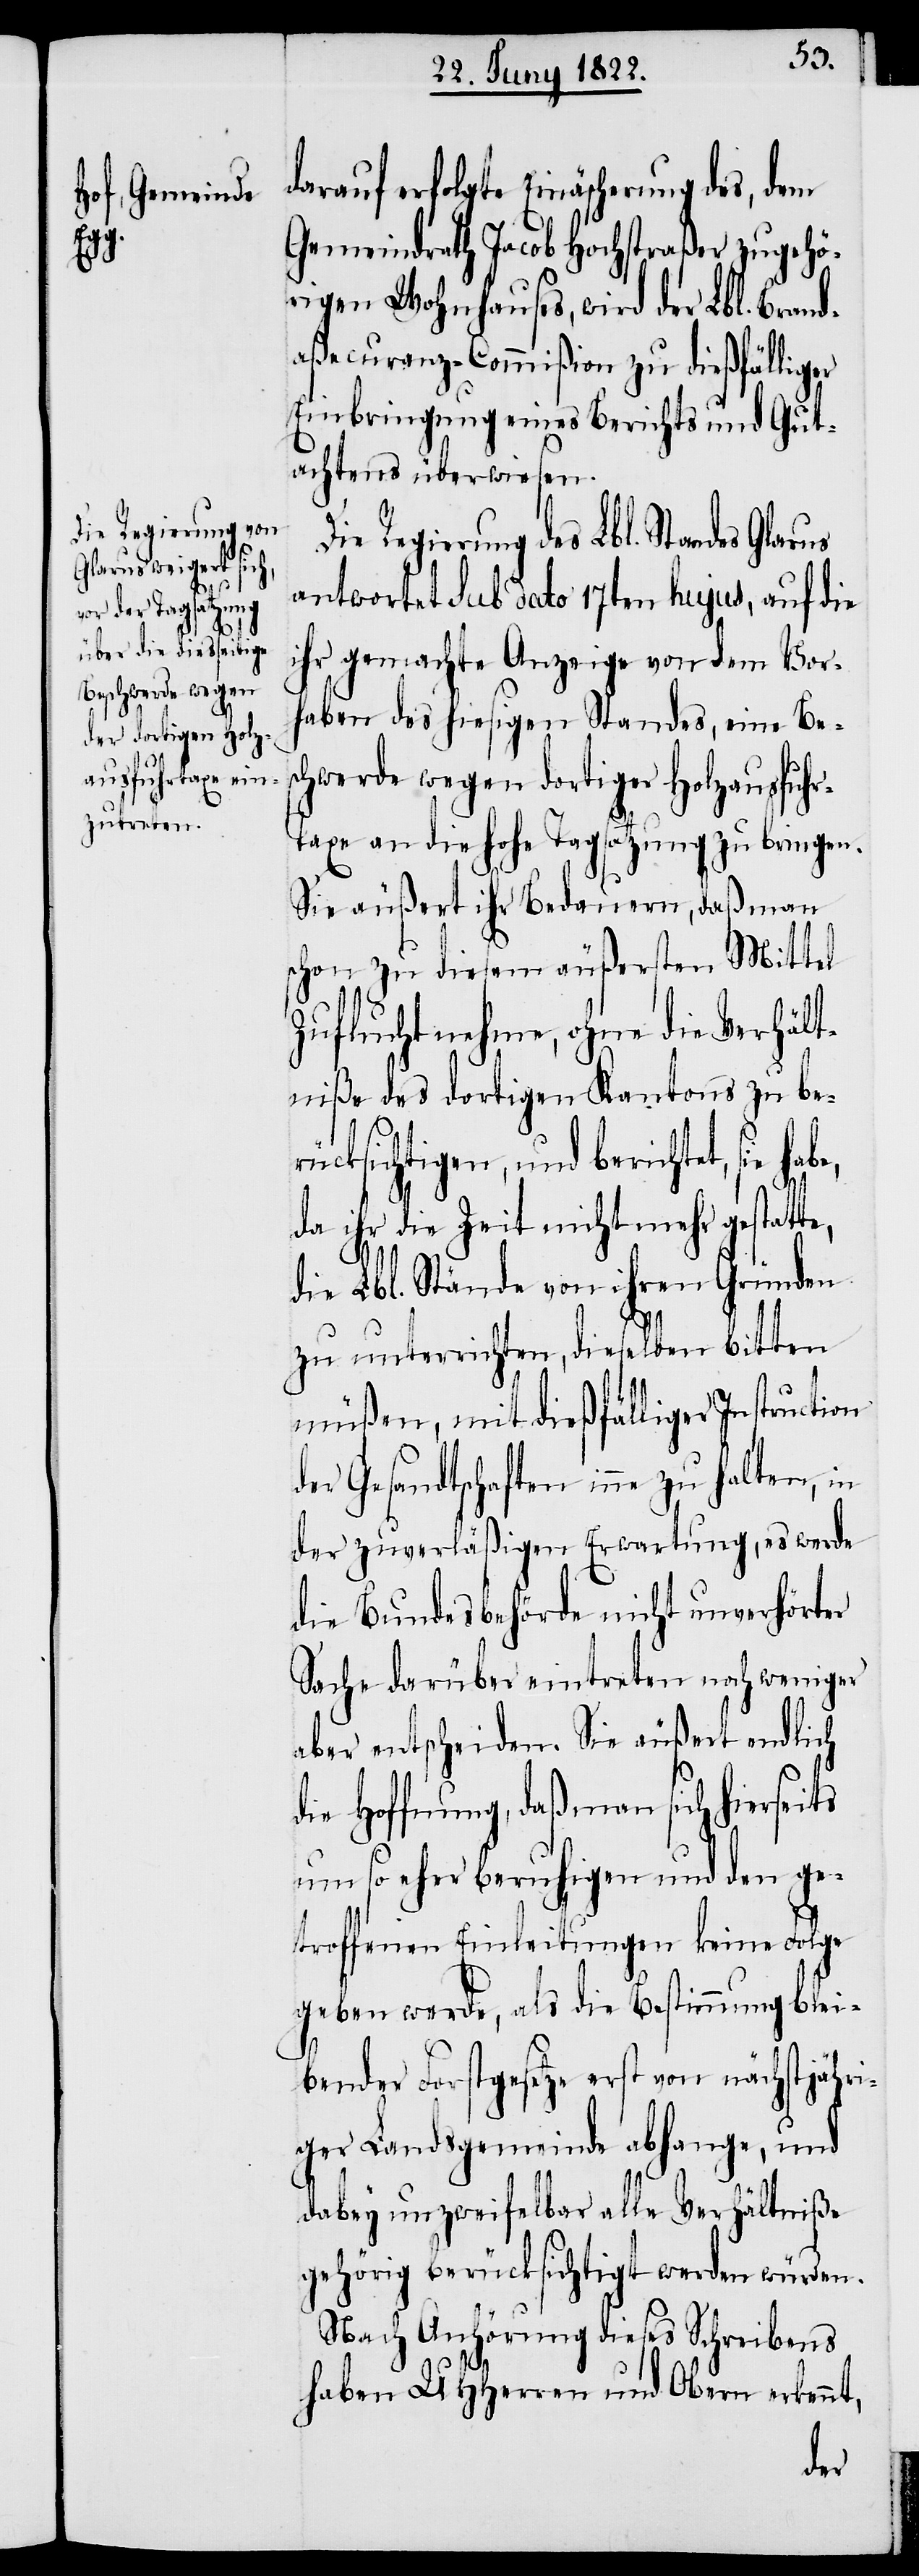
ten,

darauf erfolgte Einäscherung des, dem
Gemeindrath Jacob Hochstraßer zugehö¬
rigen Wohnhauses, wird der Lbl. Brand¬
aßecuranz-Commißion zu dießfälliger
Einbringung eines Berichts und Gut¬
achtens überwiesen.
Regierung des Lbl. Standes
antwortet Sub dato 17ten hujus, auf die
ihr gemachte Anzeige von dem Vor¬
haben des hiesigen Standes, eine Bes¬
chwerde wegen dortiger Holzausfuh¬
axe an die Hohe Tagsatzung zu bringen.
Sie äußert ihr Bedauern, daß man
schon zu diesem äußersten Mittel
Zuflucht nehme, ohne die Verhält¬
niße des dortigen Kantons zu be¬
rücksichtigen, und berichtet, sie
da ihr die Zeit nicht mehr gestatte,
die Lbl. Stände von ihren Gründen
zu unterrichten, dieselben bitten
müßen, mit dießfälliger Instruction
der Gesandtschaften inne zu
der zuverläßigen Erwartung, es werde
die Bundesbehörde nicht unverhörter
Sache darüber eintreten noch weniger
aber entscheiden. Sie äußert endlich
die Hoffnung, daß man sich hierseits
um so sehr beruhigen und den ge¬
troffenen Einleitungen keine Folge
geben werde, als die Bestimmung blei¬
bender Forstgesetze erst von nächstjähri¬
ger Landsgemeinde abhange, und
dabey unzweifelbar alle Verhältniße
gehörig berücksichtigt werden würden.
Nach Anhörung dieses Schreibens
haben UHHerrn und Obern erkennt,